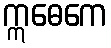
ဣဓေကေ